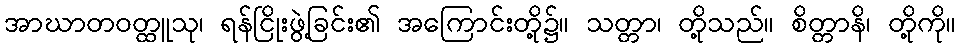
အာဃာတဝတ္ထူသု၊ ရန်ငြိုးဖွဲ့ခြင်း၏ အကြောင်းတို့၌။ သတ္တာ၊ တို့သည်။ စိတ္တာနိ၊ တို့ကို။